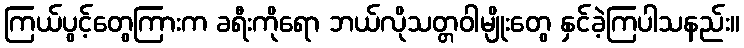
ကြယ်ပွင့်တွေကြားက ခရီးကိုရော ဘယ်လိုသတ္တဝါမျိုးတွေ နှင်ခဲ့ကြပါသနည်း။